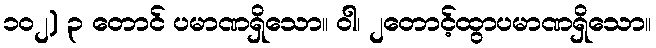
၁၀၂) ၃ တောင် ပမာဏရှိသော။ ဝါ၊ ၂တောင့်ထွာပမာဏရှိသော။